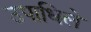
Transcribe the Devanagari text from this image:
उपाधिले